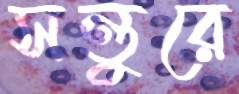
সন্তুরে